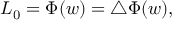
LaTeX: L _ { 0 } = \Phi ( w ) = \bigtriangleup \Phi ( w ) ,